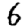
Digit: 6